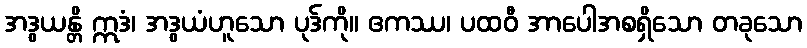
အဒွယန္တိ ဣဒံ၊ အဒွယံဟူသော ပုဒ်ကို။ ဧကဿ၊ ပထဝီ အာပေါအစရှိသော တခုသော